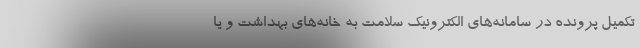
تکمیل پرونده در سامانه‌های الکترونیک سلامت به خانه‌های بهداشت و یا